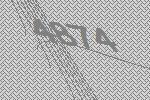
4874